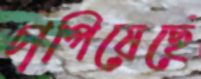
চাপিয়েছে